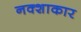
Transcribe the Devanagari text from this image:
नक्शाकार